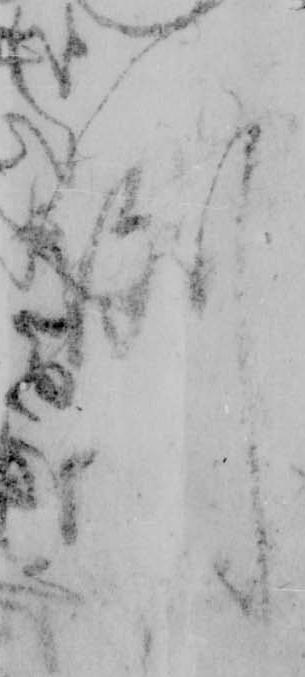
例